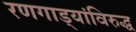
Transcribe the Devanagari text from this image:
रणगाड्यांविरुद्ध